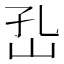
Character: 𡵾